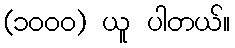
(၁၀၀၀) ယူ ပါတယ်။